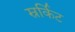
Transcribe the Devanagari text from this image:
स्रर्किट